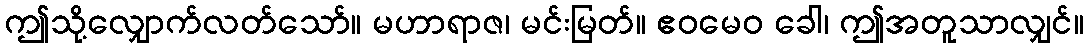
ဤသို့လျှောက်လတ်သော်။ မဟာရာဇ၊ မင်းမြတ်။ ဧဝမေဝ ခေါ၊ ဤအတူသာလျှင်။